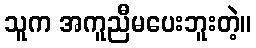
သူက အကူညီမပေးဘူးတဲ့။